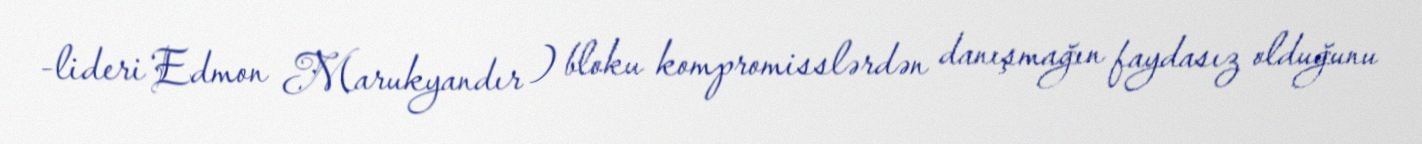
-lideri Edmon Marukyandır ) bloku kompromisslərdən danışmağın faydasız olduğunu